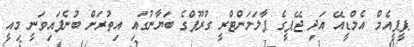
ޕީޕީއެމް އެމްޑީއޭ އަދި ޖޭޕީގެ ޕާލަމަންޓްރީ ގުރޫޕްގެ ބަޔާނުގައި އިތުރަށް ބުނެފައިވަނީ މިއީ